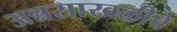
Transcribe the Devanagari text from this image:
अन्नसाखळीचे